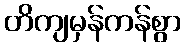
တိကျမှန်ကန်စွာ